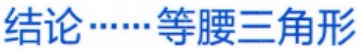
结论……等腰三角形